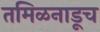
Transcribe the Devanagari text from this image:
तमिळनाडूच